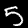
Label: 5